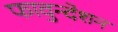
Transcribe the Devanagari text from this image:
फावुन्देशन